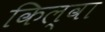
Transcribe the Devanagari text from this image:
किल्वा